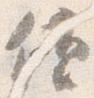
領